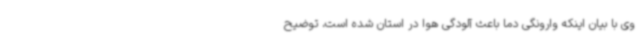
وی با بیان اینکه وارونگی دما باعث آلودگی هوا در استان شده است، توضیح